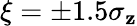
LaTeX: \xi=\pm1.5\sigma_{\mathbf{z}}